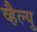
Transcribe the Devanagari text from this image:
व्हैल्यु